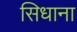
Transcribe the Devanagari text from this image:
सिधाना